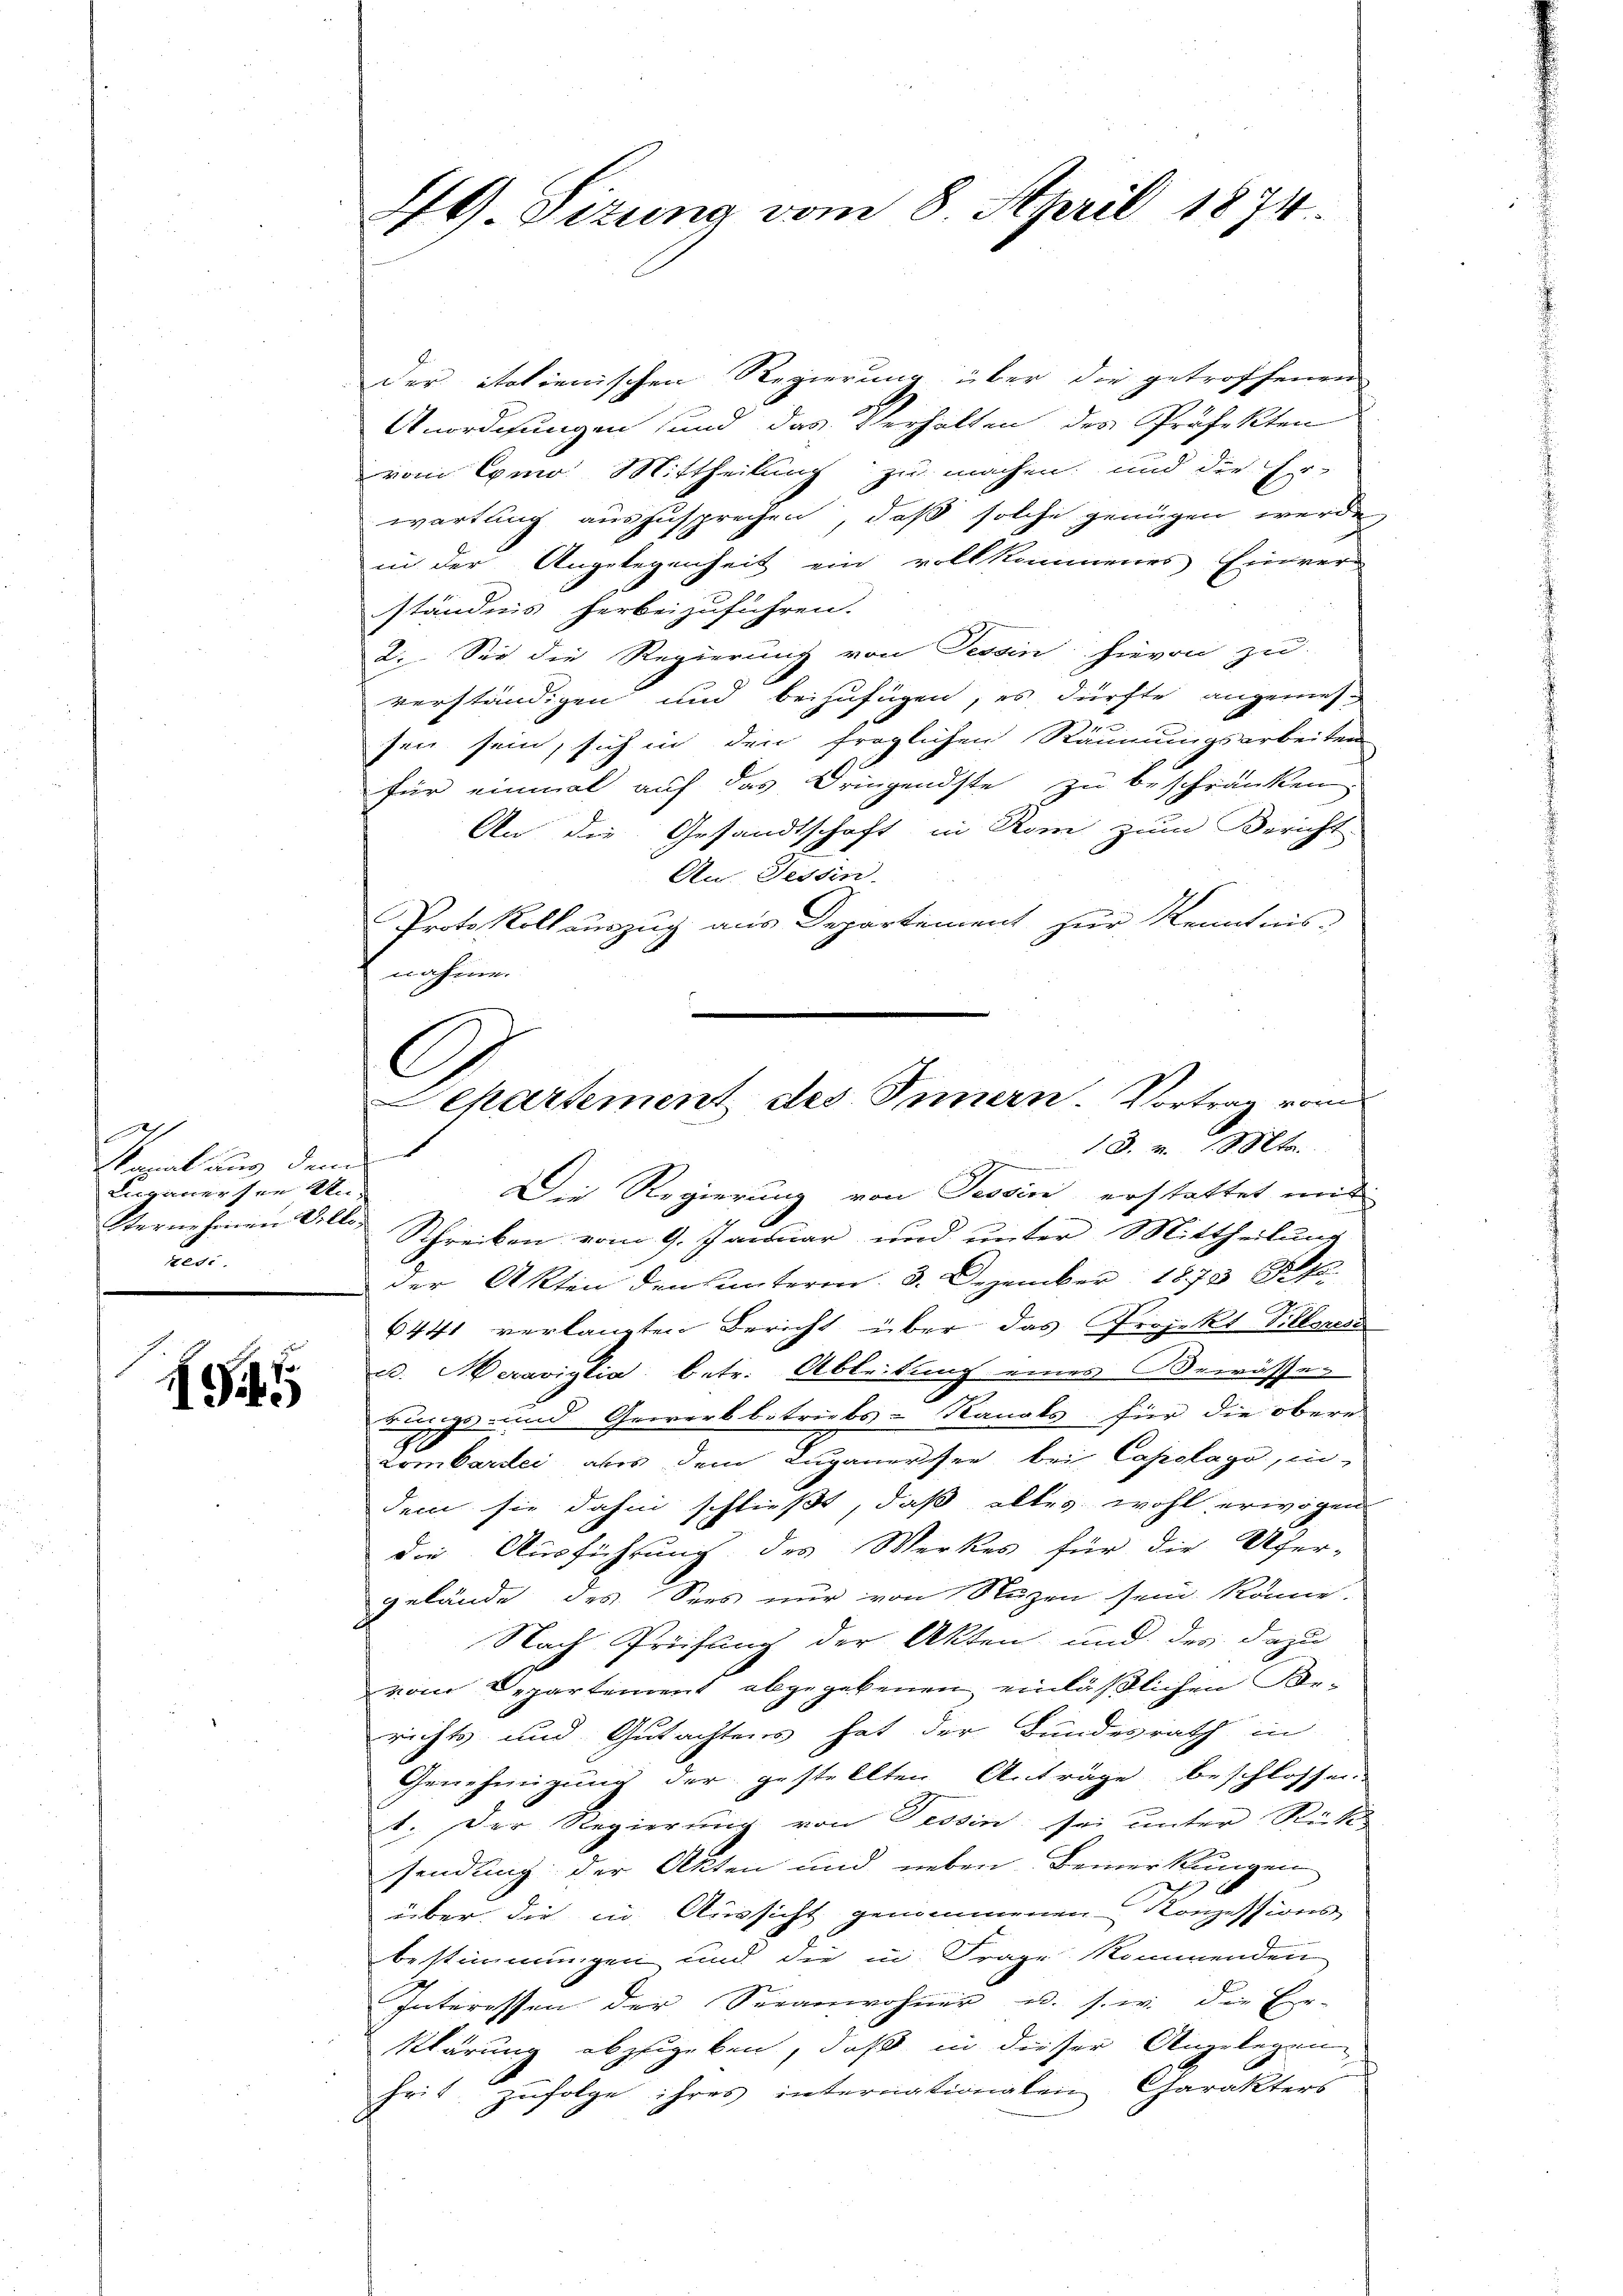
c
Sanat aus dem
Luganer sie An
Sterne einen Volleten.

1

der italienischen Regierung über die getroffenen
Unordnungen und das Verhalten des Präfekten
vom Como Mittheilung zu machen, und die Er-
wartung auszusprechen, daß solche genügen werde,
in der Angelegenheit ein vollkommenes Einver-
ständnis herbeizuführen.
2. Sei die Regierung von Tessin hievon zu
verständigen und beizufügen, es dürfte angemes-
u
sen sein, sich in den fraglichen Räumungsarbeiten
für einmal auf das Dringendste zu beschränken,
An die Gesandtschaft in Rom zum Bericht
An. Tessin.
Protokoll auszug aus Departement zur Kenntnis-
nahme.

46) Sizung vom 8. April 1874.

Gegne
Die Regierung von Tessin erstattet mit

Schreiben vom 9. Januar und unter Mittheilung
der Akten den unterm 3. Dezember 1873
6441 verlangten Bericht über das Projekt Villari
. Heraviglia betr. Ableitung eines Bewässedungs- und Gewerkbetriebs-Kanals für die obere
Lombartei aber dem Luganersee bei Capotago, in
dem sie dahin schließt, daß alles wohl erwogen
die Ausführung des Werkes für die Ufer-
gelände des Sees nur von Nuzen sein könne.
Nach Prüfung der Akten und der dazu
vom Departement abgegebenen einläßlichen For-
richts und Gutachtens hat der Bundesrath in
Genehmigung der gestellten Anträge beschlossen.
1. Der Regierung von Tessin sei unter Rück
sendung der Akten und neben Bemerkungen
über die in Aussicht genommenen Konzessions
bestimmungen und die in Frage kommenden
Interessen der Seeanwohner u. s. w. die Er-
Klärung abzugeben, daß in dieser Angelegen
heit zufolge ihres internationalen Charakters

C
Departement des Innern. Vortrag vom
13. v. Mts.